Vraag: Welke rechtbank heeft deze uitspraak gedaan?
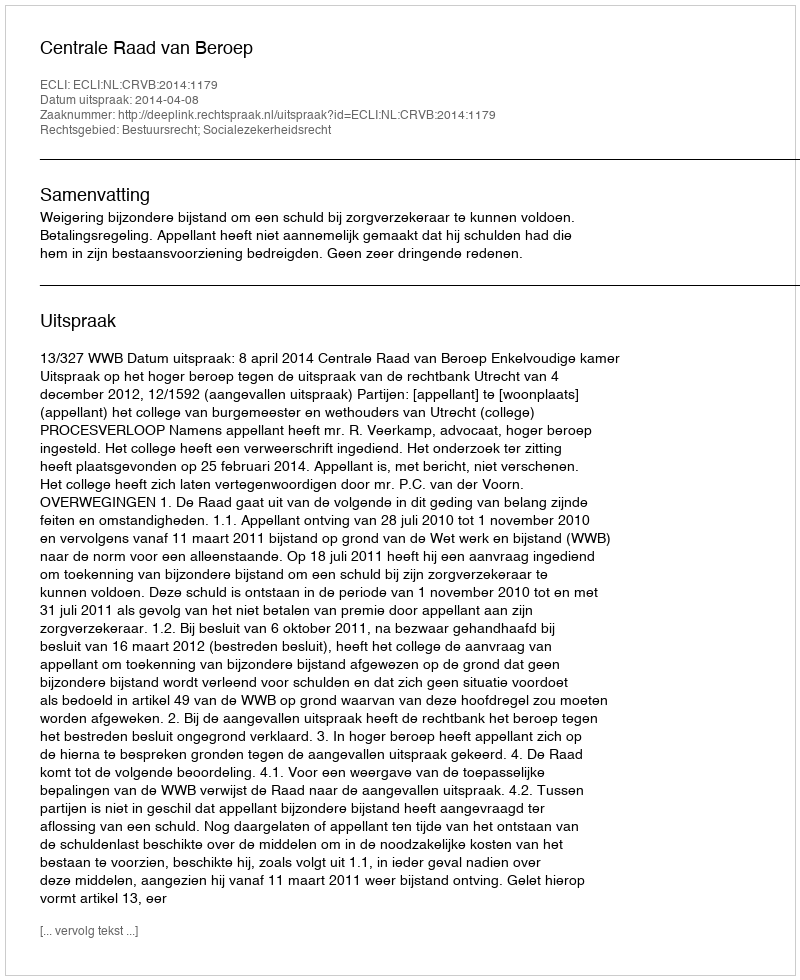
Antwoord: Centrale Raad van Beroep